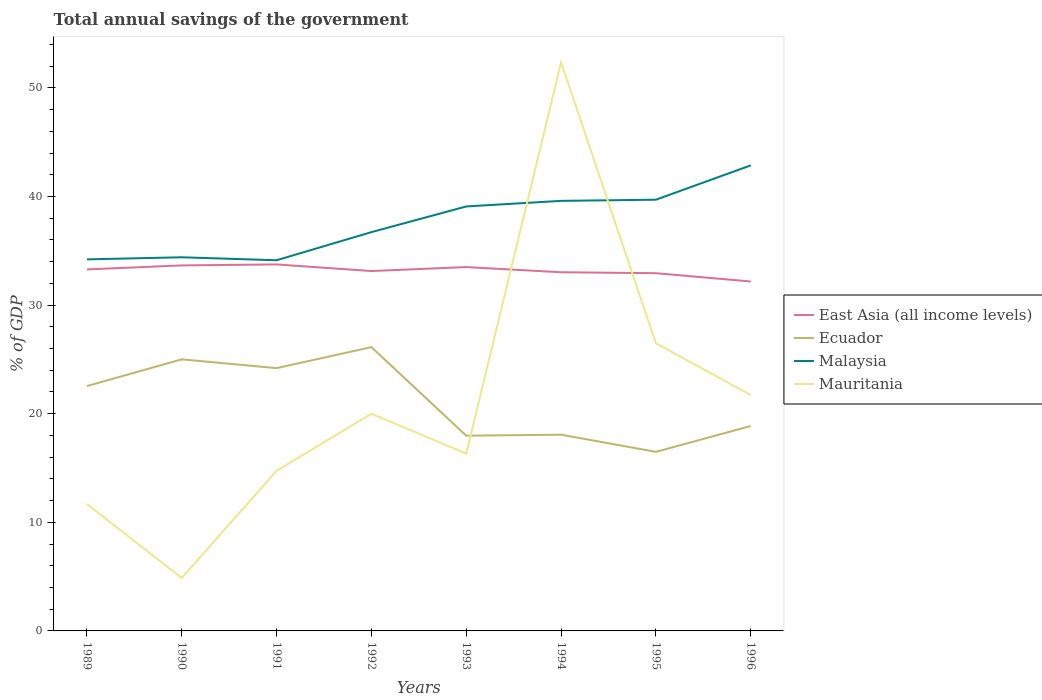
| Years | East Asia (all income levels) | Ecuador | Malaysia | Mauritania |
 | --- | --- | --- | --- | --- |
 | 1989 | 33.3 | 22.5 | 34.2 | 11.7 |
 | 1990 | 33.7 | 25 | 34.4 | 4.88 |
 | 1991 | 33.7 | 24.2 | 34.1 | 14.7 |
 | 1992 | 33.1 | 26.1 | 36.7 | 20 |
 | 1993 | 33.5 | 18 | 39.1 | 16.3 |
 | 1994 | 33 | 18.1 | 39.6 | 52.4 |
 | 1995 | 32.9 | 16.5 | 39.7 | 26.5 |
 | 1996 | 32.2 | 18.9 | 42.9 | 21.7 |